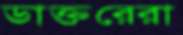
ডাক্তরেরা